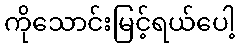
ကိုသောင်းမြင့်ရယ်ပေါ့